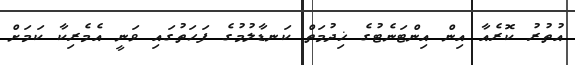
އުތުރު ކޮރެއާ އިން އިންޓަނެޓުގެ ޚިދުމަތް ކަނޑާލުމުގެ ފަހަތުގައި ވަނީ އެމެރިކާ ކަމަށް